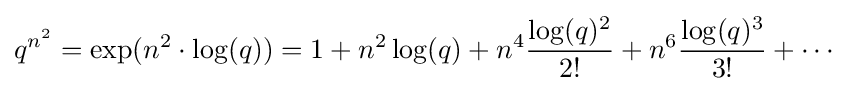
q^{n^{2}}=\exp(n^{2}\cdot \log(q))=1+n^{2}\log(q)+n^{4}{\frac {\log(q)^{2}}{2!}}+n^{6}{\frac {\log(q)^{3}}{3!}}+\cdots